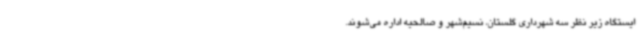
ایستگاه زیر نظر سه شهرداری گلستان، نسیم‌شهر و صالحیه اداره می‌شوند.